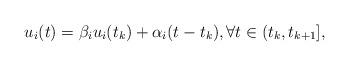
LaTeX: \begin{align*}u_{i}(t)=\beta_{i}u_{i}(t_{k})+\alpha_{i}(t-t_{k}), \forall t\in(t_{k}, t_{k+1}],\end{align*}